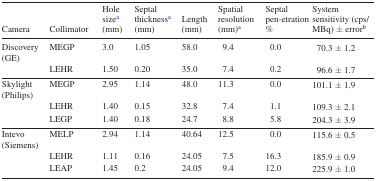
| Camera | Collimator | Hole sizea (mm) | Septal thicknessa (mm) | Length (mm) | Spatial resolution (mm)a | Septal pen-etration % | System sensitivity (cps/MBq)±errorb |
 | --- | --- | --- | --- | --- | --- | --- | --- |
 | Discovery (GE) | MEGP | 3.0 | 1.05 | 58.0 | 9.4 | 0.0 | 70.3±1.2 |
 |  | LEHR | 1.50 | 0.20 | 35.0 | 7.4 | 0.2 | 96.6±1.7 |
 | Skylight (Philips) | MEGP | 2.95 | 1.14 | 48.0 | 11.3 | 0.0 | 101.1±1.9 |
 |  | LEHR | 1.40 | 0.15 | 32.8 | 7.4 | 1.1 | 109.3±2.1 |
 |  | LEGP | 1.40 | 0.18 | 24.7 | 8.8 | 5.8 | 204.3±3.9 |
 | Intevo (Siemens) | MELP | 2.94 | 1.14 | 40.64 | 12.5 | 0.0 | 115.6±0.5 |
 |  | LEHR | 1.11 | 0.16 | 24.05 | 7.5 | 16.3 | 185.9±0.9 |
 |  | LEAP | 1.45 | 0.2 | 24.05 | 9.4 | 12.0 | 225.9±1.0 |